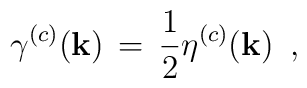
\gamma ^{(c)}({\bf k}) \, = \, \frac{1}{2}\eta ^{(c)}({\bf k}) \, \, \, ,